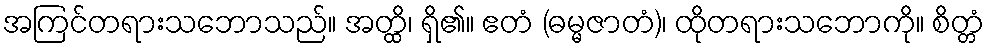
အကြင်တရားသဘောသည်။ အတ္ထိ၊ ရှိ၏။ ဧတံ (ဓမ္မဇာတံ)၊ ထိုတရားသဘောကို။ စိတ္တံ